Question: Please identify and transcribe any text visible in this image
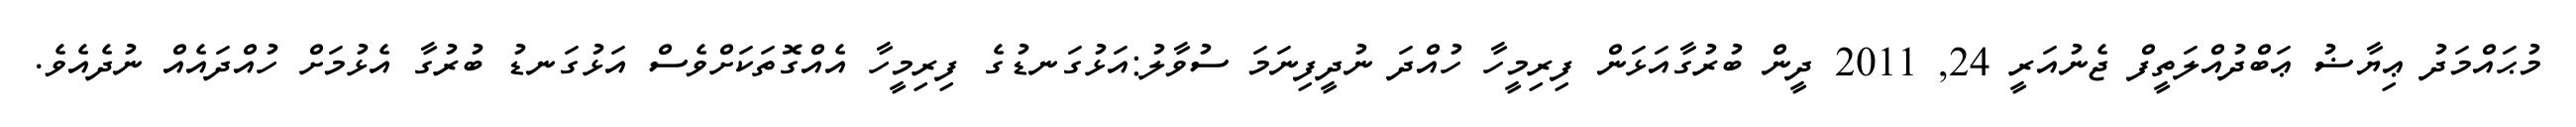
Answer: މުޙައްމަދު ޢިޔާޟު ޢަބްދުއްލަތީފް ޖެނުއަރީ 24, 2011 ދީން ބުރުގާއަޅަން ފިރިމީހާ ހުއްދަ ނުދީފިނަމަ ސުވާލު:އަޅުގަނޑުގެ ފިރިމީހާ އެއްގޮތަކަށްވެސް އަޅުގަނޑު ބުރުގާ އެޅުމަށް ހުއްދައެއް ނުދެއެވެ.